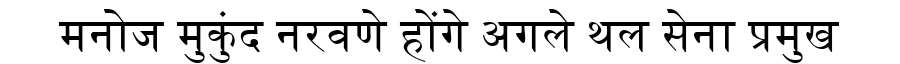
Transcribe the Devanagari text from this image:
मनोज मुकुंद नरवणे होंगे अगले थल सेना प्रमुख